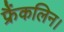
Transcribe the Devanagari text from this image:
फ्रैंकलिन।